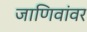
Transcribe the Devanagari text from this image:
जाणिवांवर